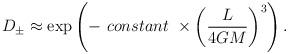
LaTeX: \begin{align*}D_{\pm}\approx \exp\left(-\ constant\ \times\left(\frac{L} {4GM}\right)^3\right).\end{align*}